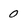
Character: 0